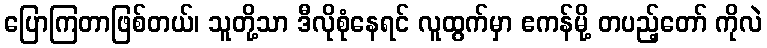
ပြောကြတာဖြစ်တယ်၊ သူတို့သာ ဒီလိုစုံနေရင် လူထွက်မှာ ဧကန်မို့ တပည့်တော် ကိုလဲ